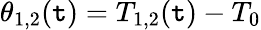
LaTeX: \theta_{1,2}(\mathtt{t})=T_{1,2}(\mathtt{t})-T_{0}